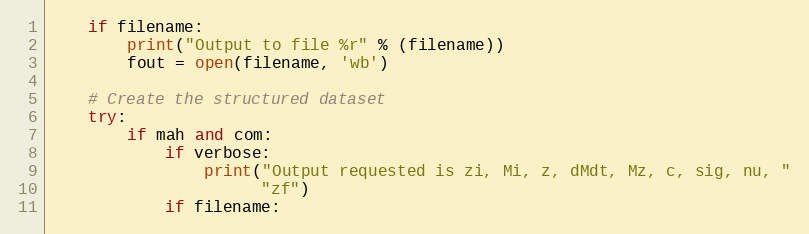
Language: Python
    if filename:
        print("Output to file %r" % (filename))
        fout = open(filename, 'wb')

    # Create the structured dataset
    try:
        if mah and com:
            if verbose:
                print("Output requested is zi, Mi, z, dMdt, Mz, c, sig, nu, "
                      "zf")
            if filename: